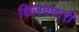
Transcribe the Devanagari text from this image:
शिजवणारी